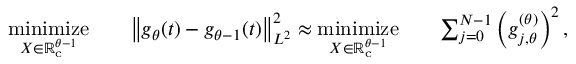
\begin{array} { r l r l r l } & { \underset { X \in \mathbb { R } _ { \mathrm { c } } ^ { \theta - 1 } } { \mathrm { m i n i m i z e } } } & & { \left\lVert g _ { \theta } ( t ) - g _ { \theta - 1 } ( t ) \right\rVert _ { L ^ { 2 } } ^ { 2 } \approx \underset { X \in \mathbb { R } _ { \mathrm { c } } ^ { \theta - 1 } } { \mathrm { m i n i m i z e } } } & & { \sum _ { j = 0 } ^ { N - 1 } \left( g _ { j , \theta } ^ { ( \theta ) } \right) ^ { 2 } , } \end{array}